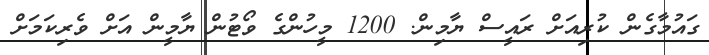
ގައުމާގެން ކުރިއަށް ރައީސް ޔާމިން. 1200 މީހުންގެ ވޯޓުން ޔާމީން އަށް ވެރިކަމަށް